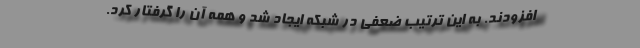
افزودند. به این ترتیب ضعفی در شبکه ایجاد شد و همه آن را گرفتار کرد.